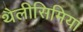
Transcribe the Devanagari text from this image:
थैलीसिमिया